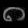
Digit: ၈